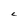
Character: C